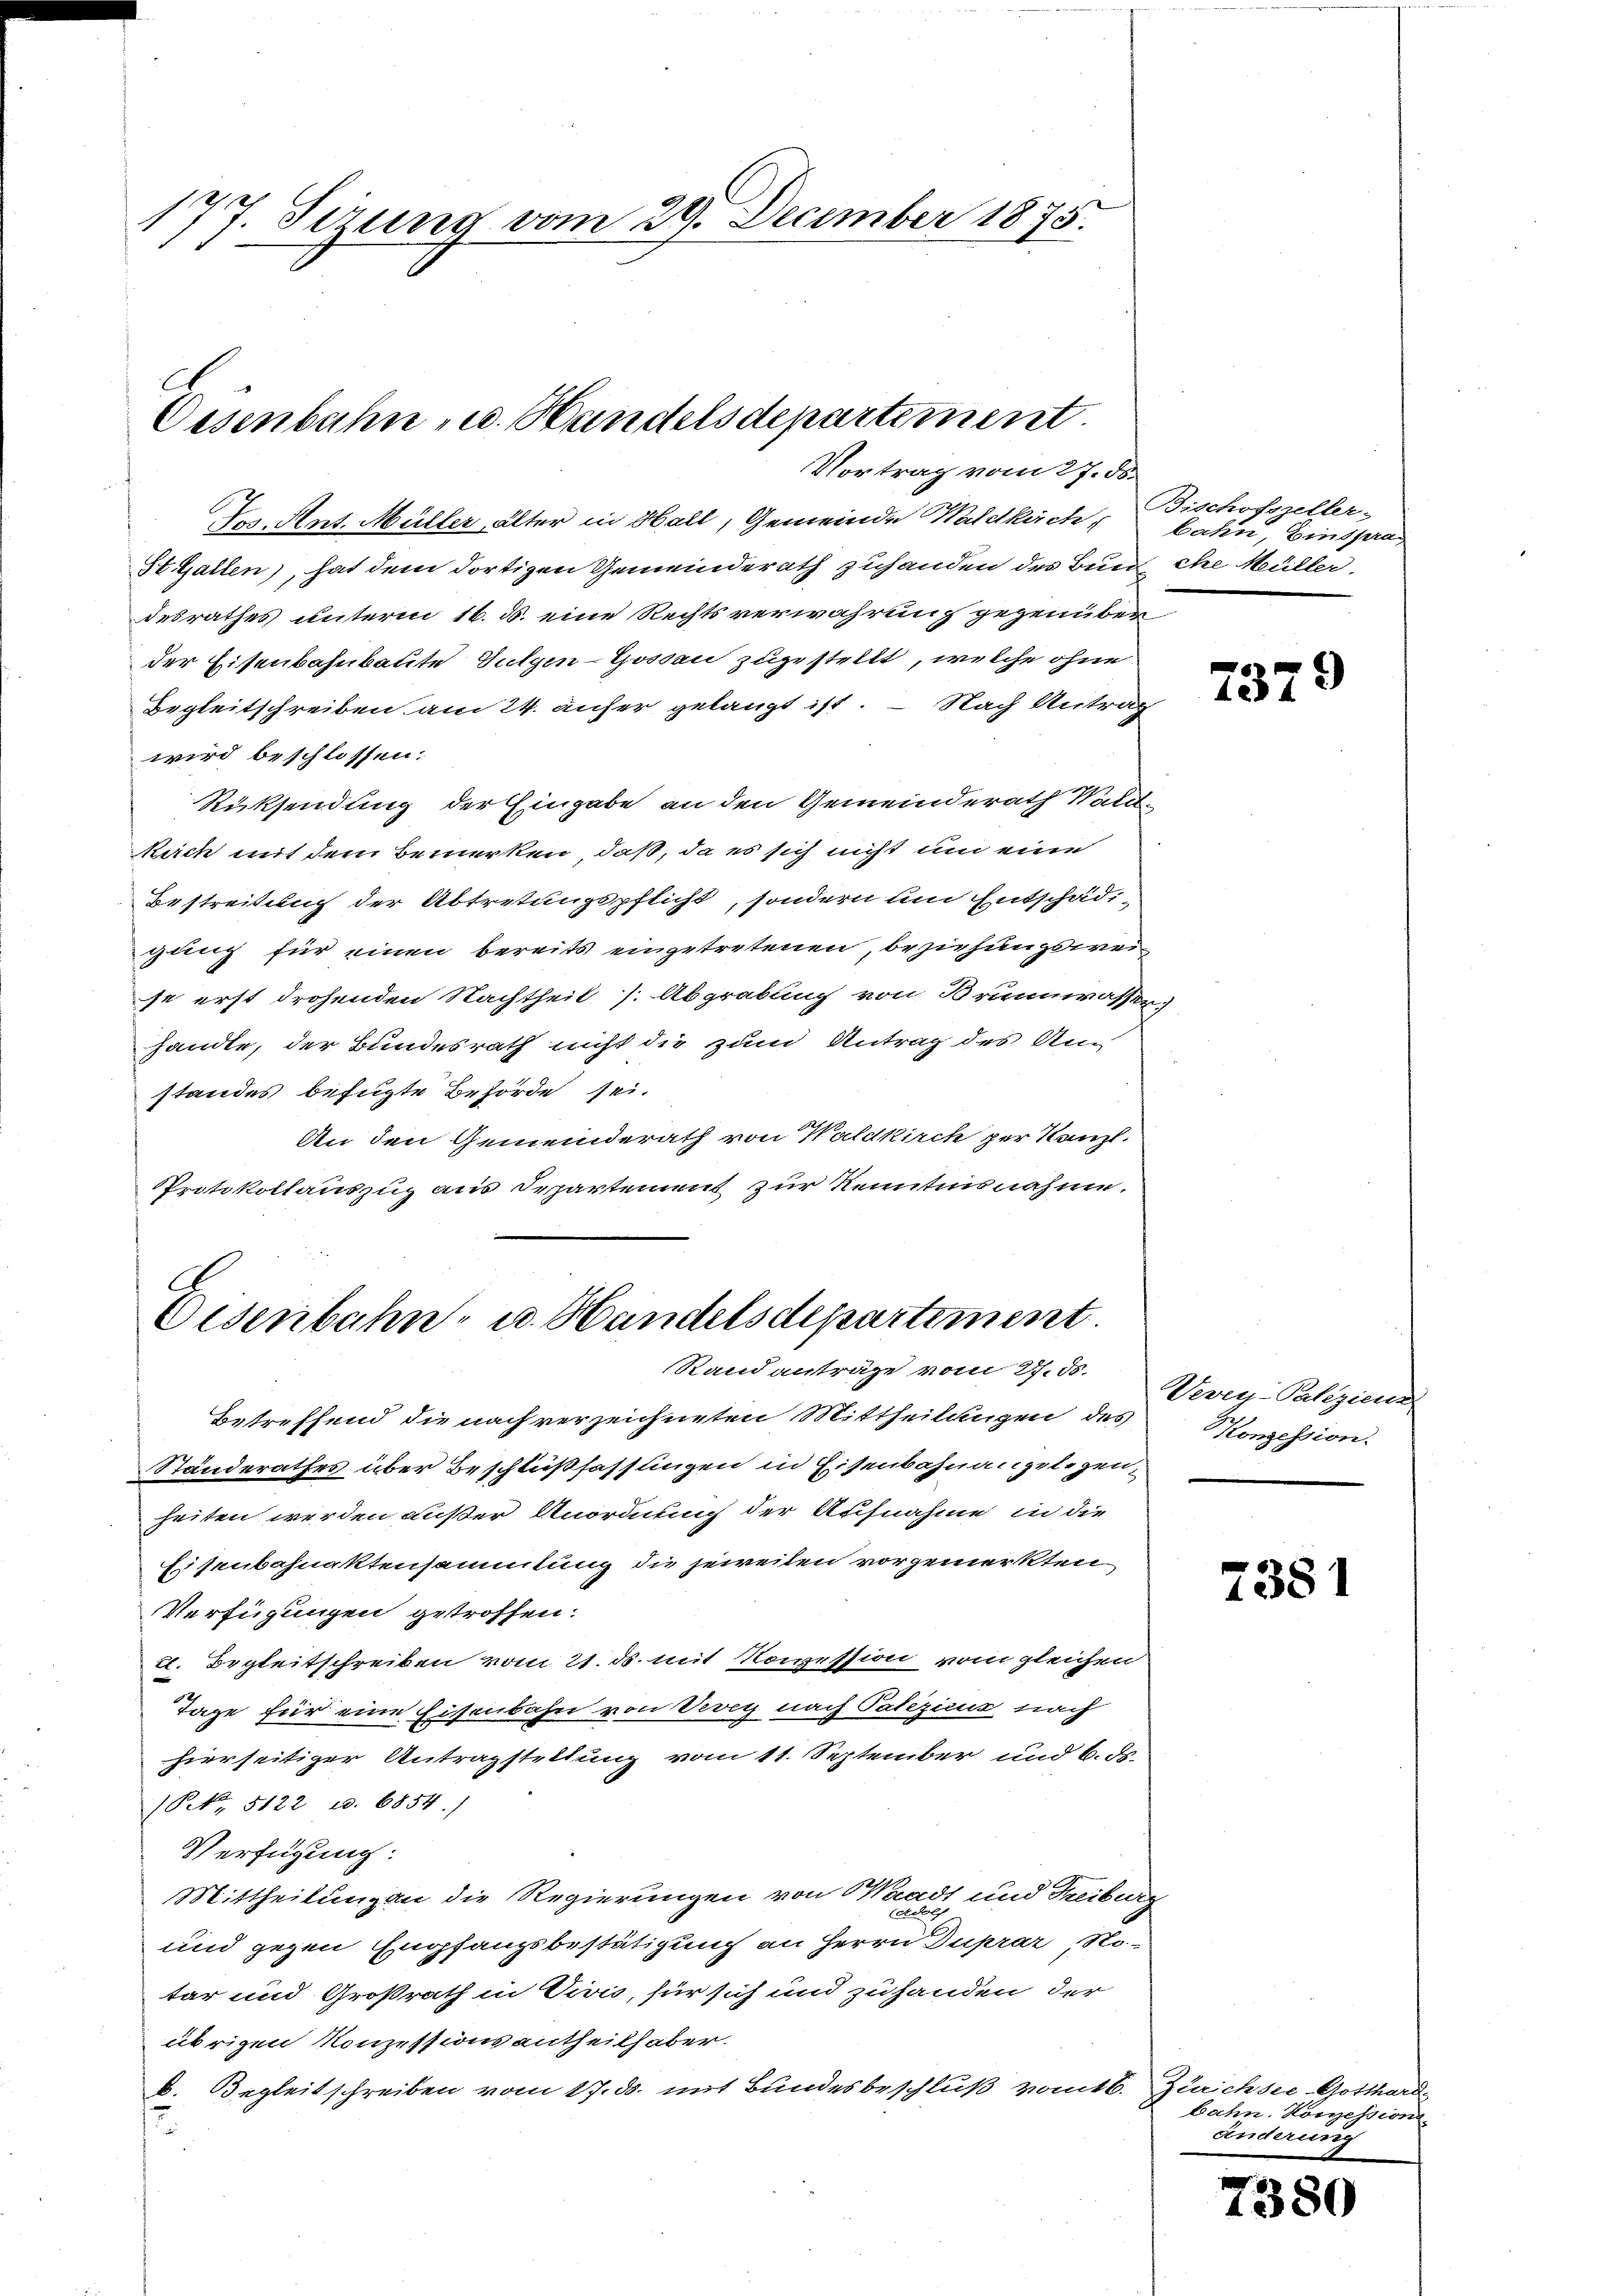
177. Sizung vom 29. December 1875.

Eisenbahn u. Handelsdepartement.
Vortrag vom 27. ds.

Des Ant. Müller älter in Hall, Gemeinde Waldkirch Bahn, Einspra
St. Gallen), hat dem dortigen Gemeinderath zuhanden des Bund che Müller
desrathes unterm 16. ds. eine Rechtsverwahrung gegenüber
der Eisenbahnbaute Sutzen-Hossen zugestellt, welche ohne
Begleitschreiben am 24. anfer gelangt ist. – Nach Antrag
wird beschlossen:
Rücksendung der Eingabe an den Gemeinderath Waldkach mit dem Bemerken, daß, da es sich nicht um eine
Bestreitung der Abtretungspflicht, sondern um Entschädigung für einen bereits eingetretenen, beziehungsweise erst drohenden Nachtheit /: Abgrabung von Brunnrasser;
handte, der Bundesrath nicht die zum Antrag des An-
standes befügte Behörde sei.
An den Gemeinderath von Waldkirch per Kanzl.
Protokollauszug aus Departement zur Kenntnisnahme.
A

Osenbahn- u. Handelsdepartement.
Stand anträge vom 27. ds.

Betreffend die nach verzeichneten Mittheilungen des
Standerathes über Beschlußfasslingen in Eisenbahnangelegen-
heiten werden außer Anordnung der Aufnahme in die
Eisenbahnaktensammlung die jeweiten vorgemerkten
Verfügungen getroffen.
c. Begleitschreiben vom 21. ds. mit Nocession vom gleichen
Tage für eine Eisenbahn von Vevey nach Palezicus nach
hierseitiger Antragstellung vom 11. September und 6. ds.
(Nr. 5122 u. 6854.)
Verfügung:
Mittheilung an die Regierungen von Waadt und Freiburg
und gegen Empfangsbestätigung an Herrn Duprar No
tar und Großrath in Civis, für sich und zuhanden der
übrigen Konzessionsantheilhaber.
k. Begleitschreiben vom 17. ds. mit Bundesbeschluß vom 16. Zürichsee, Gotthard

Bischofszeller-

737

)

Vevey-Palizien
Konzession.

7381

bahn. Konzession
änderung

e
1380